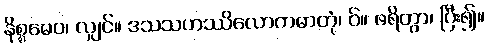
နိစ္စမေဝ၊ လျှင်။ ဒသသဟဿိလောကဓာတုံ၊ ဝ်။ ဖရိတွာ၊ ပြီး၍။